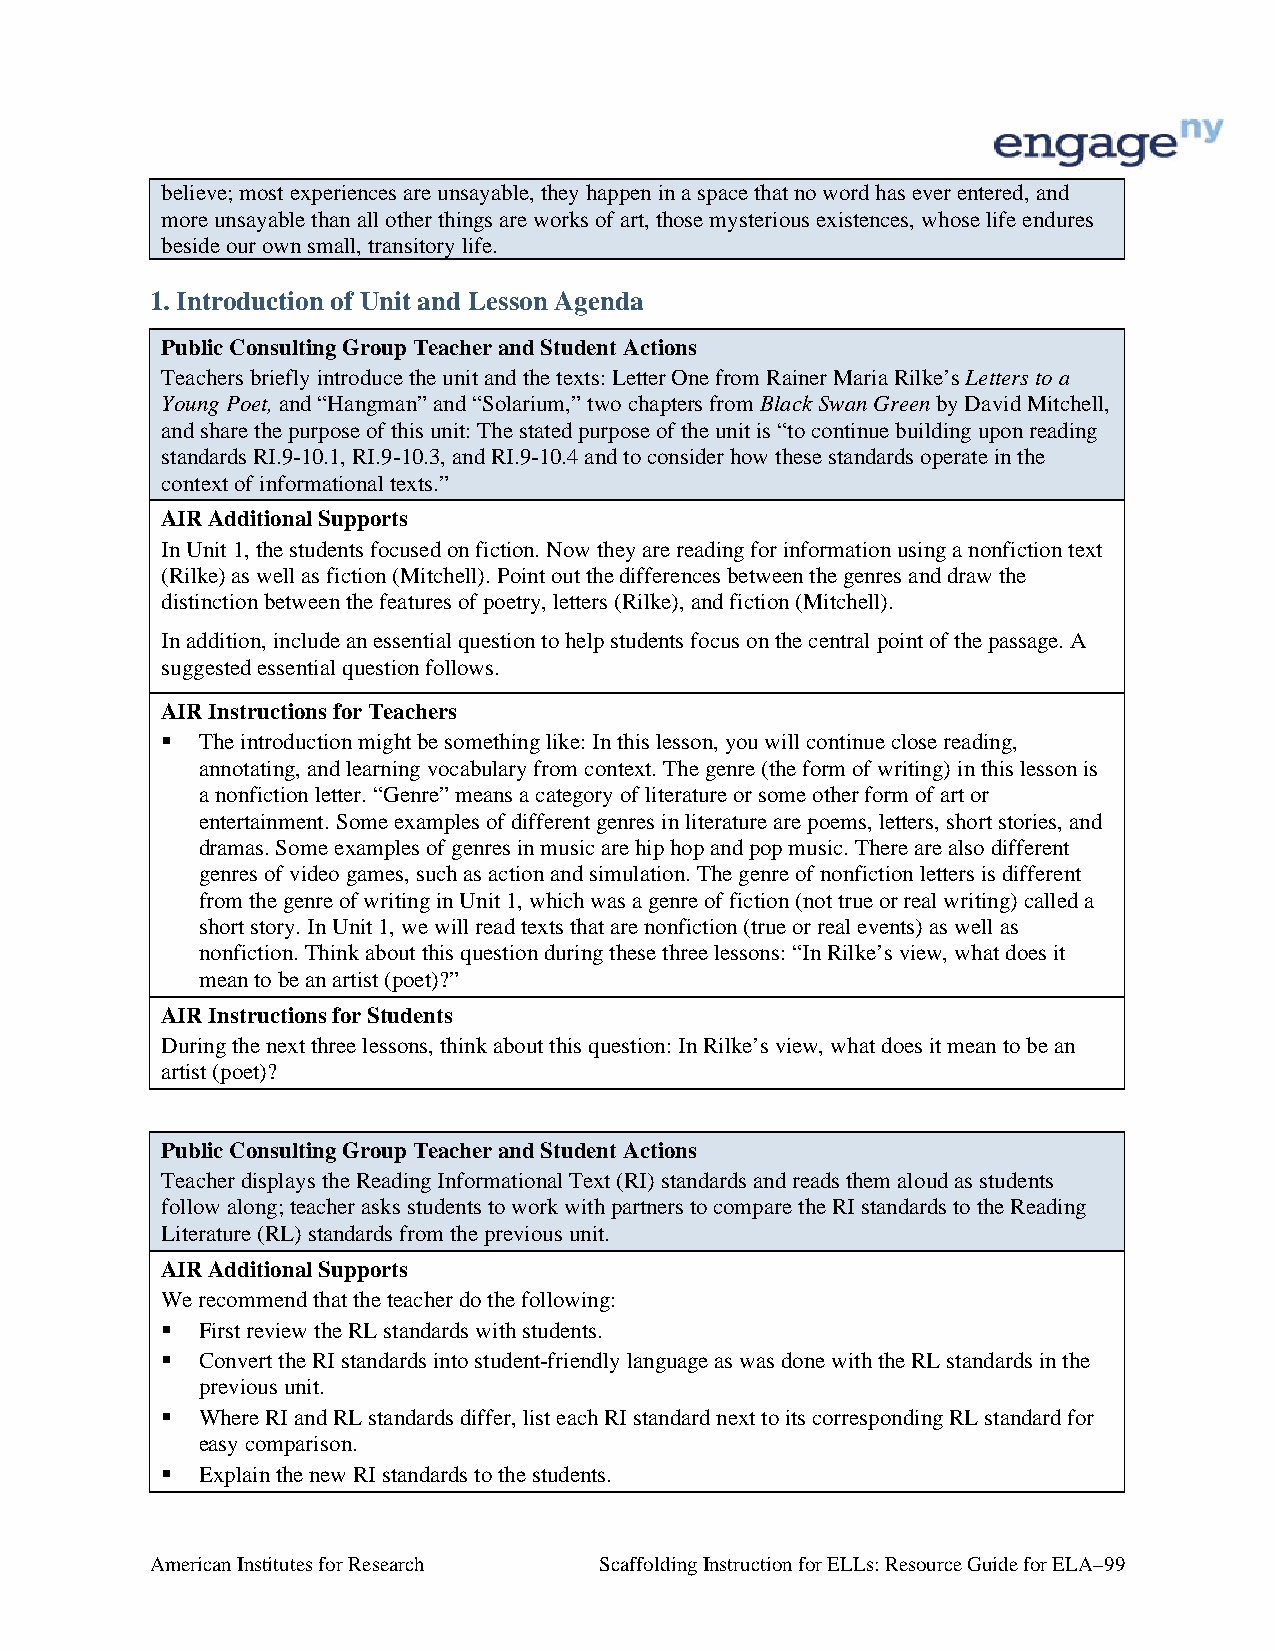
believe; most experiences are unsayable, they happen in a space that no word has ever entered, and
 more unsayable than all other things are works of art, those mysterious existences, whose life endures
 beside our own small, transitory life.
 1. Introduction of Unit and Lesson Agenda
 Public Consulting Group Teacher and Student Actions
 Teachers briefly introduce the unit and the texts: Letter One from Rainer Maria Rilke’s Letters to a
 Young Poet, and “Hangman” and “Solarium,” two chapters from Black Swan Green by David Mitchell,
 and share the purpose of this unit: The stated purpose of the unit is “to continue building upon reading
 standards RI.9-10.1, RI.9-10.3, and RI.9-10.4 and to consider how these standards operate in the
 context of informational texts.”
 AIR Additional Supports
 In Unit 1, the students focused on fiction. Now they are reading for information using a nonfiction text
 (Rilke) as well as fiction (Mitchell). Point out the differences between the genres and draw the
 distinction between the features of poetry, letters (Rilke), and fiction (Mitchell).
 In addition, include an essential question to help students focus on the central point of the passage. A
 suggested essential question follows.
 AIR Instructions for Teachers
  The introduction might be something like: In this lesson, you will continue close reading,
 annotating, and learning vocabulary from context. The genre (the form of writing) in this lesson is
 a nonfiction letter. “Genre” means a category of literature or some other form of art or
 entertainment. Some examples of different genres in literature are poems, letters, short stories, and
 dramas. Some examples of genres in music are hip hop and pop music. There are also different
 genres of video games, such as action and simulation. The genre of nonfiction letters is different
 from the genre of writing in Unit 1, which was a genre of fiction (not true or real writing) called a
 short story. In Unit 1, we will read texts that are nonfiction (true or real events) as well as
 nonfiction. Think about this question during these three lessons: “In Rilke’s view, what does it
 mean to be an artist (poet)?”
 AIR Instructions for Students
 During the next three lessons, think about this question: In Rilke’s view, what does it mean to be an
 artist (poet)?
 Public Consulting Group Teacher and Student Actions
 Teacher displays the Reading Informational Text (RI) standards and reads them aloud as students
 follow along; teacher asks students to work with partners to compare the RI standards to the Reading
 Literature (RL) standards from the previous unit.
 AIR Additional Supports
 We recommend that the teacher do the following:
  First review the RL standards with students.
  Convert the RI standards into student-friendly language as was done with the RL standards in the
 previous unit.
  Where RI and RL standards differ, list each RI standard next to its corresponding RL standard for
 easy comparison.
  Explain the new RI standards to the students.
 American Institutes for Research Scaffolding Instruction for ELLs: Resource Guide for ELA–99